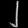
Digit: ၂